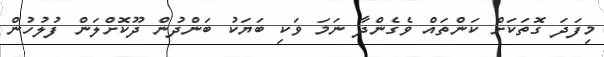
މިފަދަ ގޮތަކަށް ކަންތައް ވެގެންދާ ނަމަ ވަކި ބަޔަކު ބަންދުން ދޫކޮށްލަން ފުލުހުން